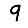
Digit: 9